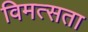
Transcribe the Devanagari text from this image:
विमत्सता